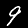
Digit: 9